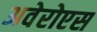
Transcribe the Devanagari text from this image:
अवेरोएस